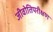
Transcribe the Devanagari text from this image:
जीवोतिपरीक्षण